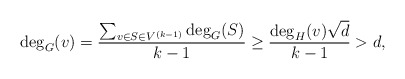
\begin{align*} \deg_G(v)= \frac{\sum_{v \in S \in V^{(k-1)}}\deg_G(S)}{k-1}\geq \frac{\deg_H(v)\sqrt{d}}{k-1}>d,\end{align*}